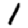
Digit: 1